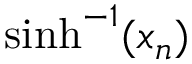
\sinh ^ { - 1 } ( x _ { n } )